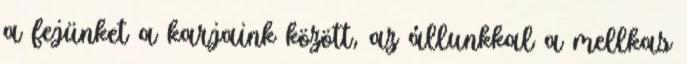
a fejünket a karjaink között, az állunkkal a mellkas